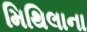
મિથિલાના